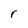
Character: r